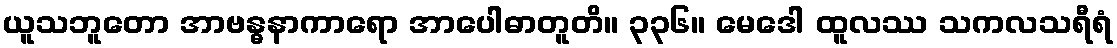
ယူသဘူတော အာဗန္ဓနာကာရော အာပေါဓာတူတိ။ ၃၃၆။ မေဒေါ ထူလဿ သကလသရီရံ